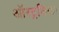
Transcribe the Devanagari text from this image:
ऑस्ट्रलिया।